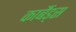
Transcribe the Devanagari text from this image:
कार्बैड्स